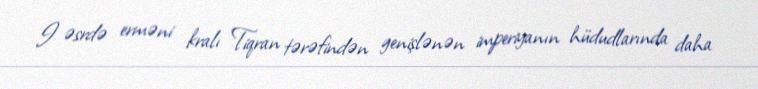
I əsrdə erməni kralı Tiqran tərəfindən genişlənən imperiyanın hüdudlarında daha